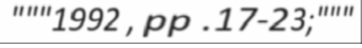
"""1992 , pp .17-23;"""